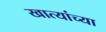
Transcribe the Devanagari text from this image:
खात्यांच्या